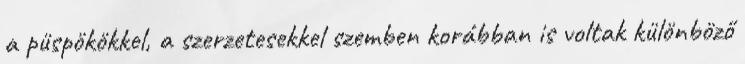
a püspökökkel, a szerzetesekkel szemben korábban is voltak különböző